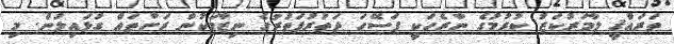
ތަރައްޤީ ލާމަރުކަޒު ކުރުމުގެ ނާރެހަކީ ފަސޭހަ ދަތުރުފަތުރުގެ ނިޒާމަކުން ރަށްތައް ގުޅައިލުން. މި